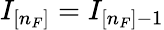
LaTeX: I_{[n_{F}]}=I_{[n_{F}]-1}